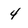
Character: 4